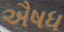
ઐષધ